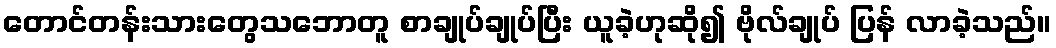
တောင်တန်းသားတွေသဘောတူ စာချုပ်ချုပ်ပြီး ယူခဲ့ဟုဆို၍ ဗိုလ်ချုပ် ပြန် လာခဲ့သည်။